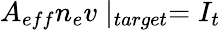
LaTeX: A_{eff}n_{e}v\mid_{target}=I_{t}